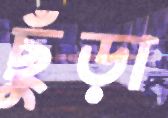
ছুঁড়া